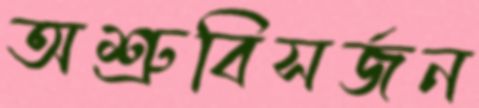
অশ্রুবিসর্জন